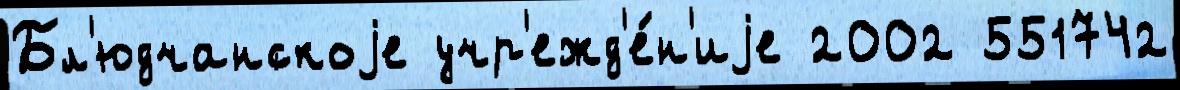
Бл'юдчанскоjе учр'ежд'е́н'иjе 2002 551742